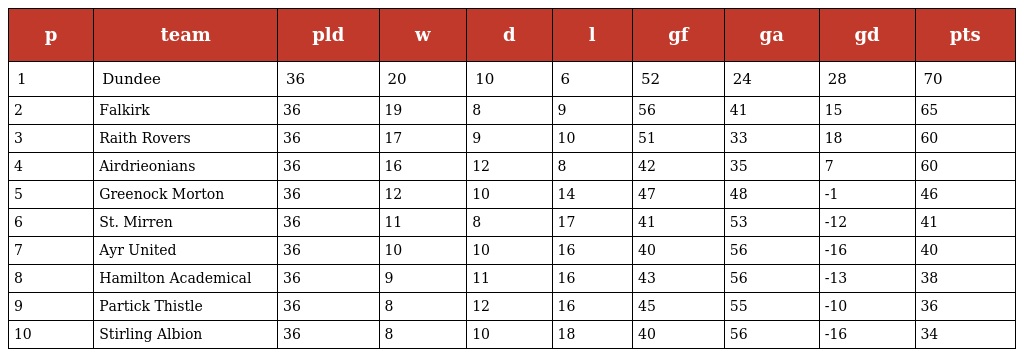
| p | team | pld | w | d | l | gf | ga | gd | pts |
 | --- | --- | --- | --- | --- | --- | --- | --- | --- | --- |
 | 1 | Dundee | 36 | 20 | 10 | 6 | 52 | 24 | 28 | 70 |
 | 2 | Falkirk | 36 | 19 | 8 | 9 | 56 | 41 | 15 | 65 |
 | 3 | Raith Rovers | 36 | 17 | 9 | 10 | 51 | 33 | 18 | 60 |
 | 4 | Airdrieonians | 36 | 16 | 12 | 8 | 42 | 35 | 7 | 60 |
 | 5 | Greenock Morton | 36 | 12 | 10 | 14 | 47 | 48 | -1 | 46 |
 | 6 | St. Mirren | 36 | 11 | 8 | 17 | 41 | 53 | -12 | 41 |
 | 7 | Ayr United | 36 | 10 | 10 | 16 | 40 | 56 | -16 | 40 |
 | 8 | Hamilton Academical | 36 | 9 | 11 | 16 | 43 | 56 | -13 | 38 |
 | 9 | Partick Thistle | 36 | 8 | 12 | 16 | 45 | 55 | -10 | 36 |
 | 10 | Stirling Albion | 36 | 8 | 10 | 18 | 40 | 56 | -16 | 34 |